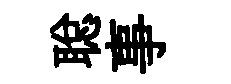
聪事